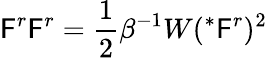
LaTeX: \mathsf{F}^{r}\mathsf{F}^{r}=\frac{{1}}{{2}}\beta^{-1}W(^{*}\mathsf{F}^{r})^{2}